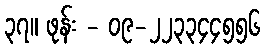
၃၇။ ဖုန်း - ၀၉-၂၂၃၃၄၄၅၅၆